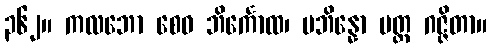
၃၆၂။ ကလဘော စေဝ ဘိင်္ကောထ၊ ပဘိန္နော မတ္တ ဂဇ္ဇိတာ။